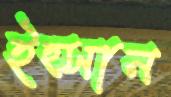
ইহ্সান